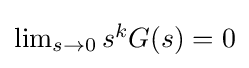
{\textstyle \lim _{s\to 0}s^{k}G(s)=0}